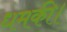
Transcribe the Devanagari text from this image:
धमकी।